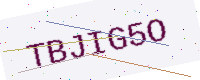
Text: TBJIG5O